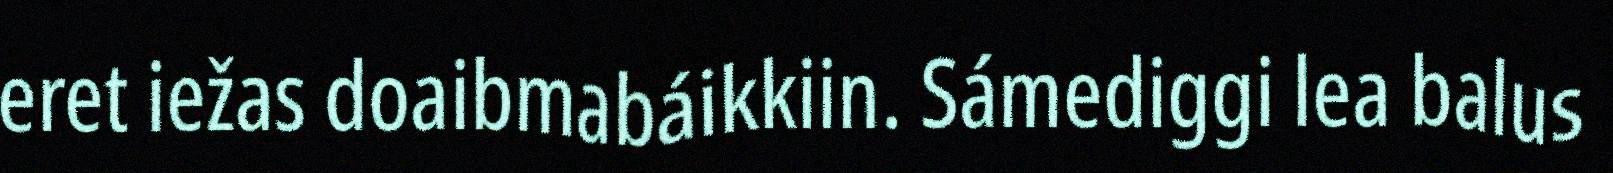
eret iežas doaibmabáikkiin. Sámediggi lea balus